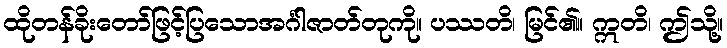
ထိုတန်ခိုးတော်ဖြင့်ပြသောအင်္ဂါဇာတ်တုကို။ ပဿတိ၊ မြင်၏။ ဣတိ၊ ဤသို့။